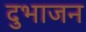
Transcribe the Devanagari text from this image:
दुभाजन